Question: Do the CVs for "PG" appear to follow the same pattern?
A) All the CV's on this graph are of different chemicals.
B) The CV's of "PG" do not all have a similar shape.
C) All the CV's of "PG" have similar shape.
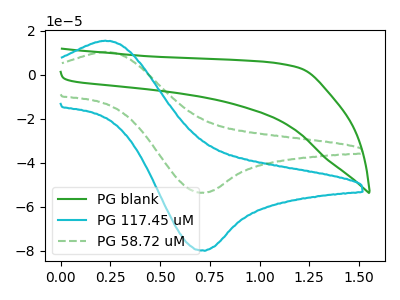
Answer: <think>The green curve "PG blank" has no peaks. The cyan curve "PG 117.45 uM" has an anodic peak at (0.20V, 15.55uA) and a cathodic peak at (0.70V, -80.05uA). The green dashed curve "PG 58.72 uM" has an anodic peak at (0.20V, 10.45uA) and a cathodic peak at (0.70V, -53.75uA).
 "PG blank" and "PG 117.45 uM" have a different number of peaks. "PG blank" and "PG 58.72 uM" have a different number of peaks. All the peaks in "PG 117.45 uM" have a peak in "PG 58.72 uM" at the same potential. Every peak in "PG 117.45 uM" is higher than every peak in "PG 58.72 uM".</think>
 <answer>C) All the CV's of "PG" have similar shape.</answer>
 <eval>C</eval>